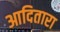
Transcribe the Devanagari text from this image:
आदितारा